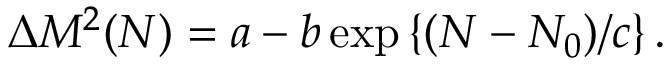
\Delta M ^ { 2 } ( N ) = a - b \exp \left\{ ( N - N _ { 0 } ) / c \right\} .